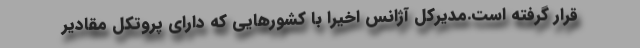
قرار گرفته است.مدیرکل آژانس اخیرا با کشورهایی که دارای پروتکل مقادیر